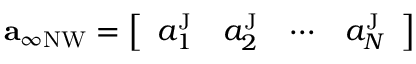
\begin{array} { r } { \mathbf { a } _ { \infty \mathrm { N W } } = \left[ \begin{array} { l l l l } { a _ { 1 } ^ { \mathrm { J } } } & { a _ { 2 } ^ { \mathrm { J } } } & { \cdots } & { a _ { N } ^ { \mathrm { J } } } \end{array} \right] } \end{array}